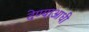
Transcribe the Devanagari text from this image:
देण्याआधी